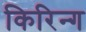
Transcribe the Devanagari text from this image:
किरिन्ग